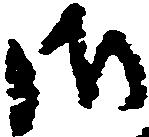
御